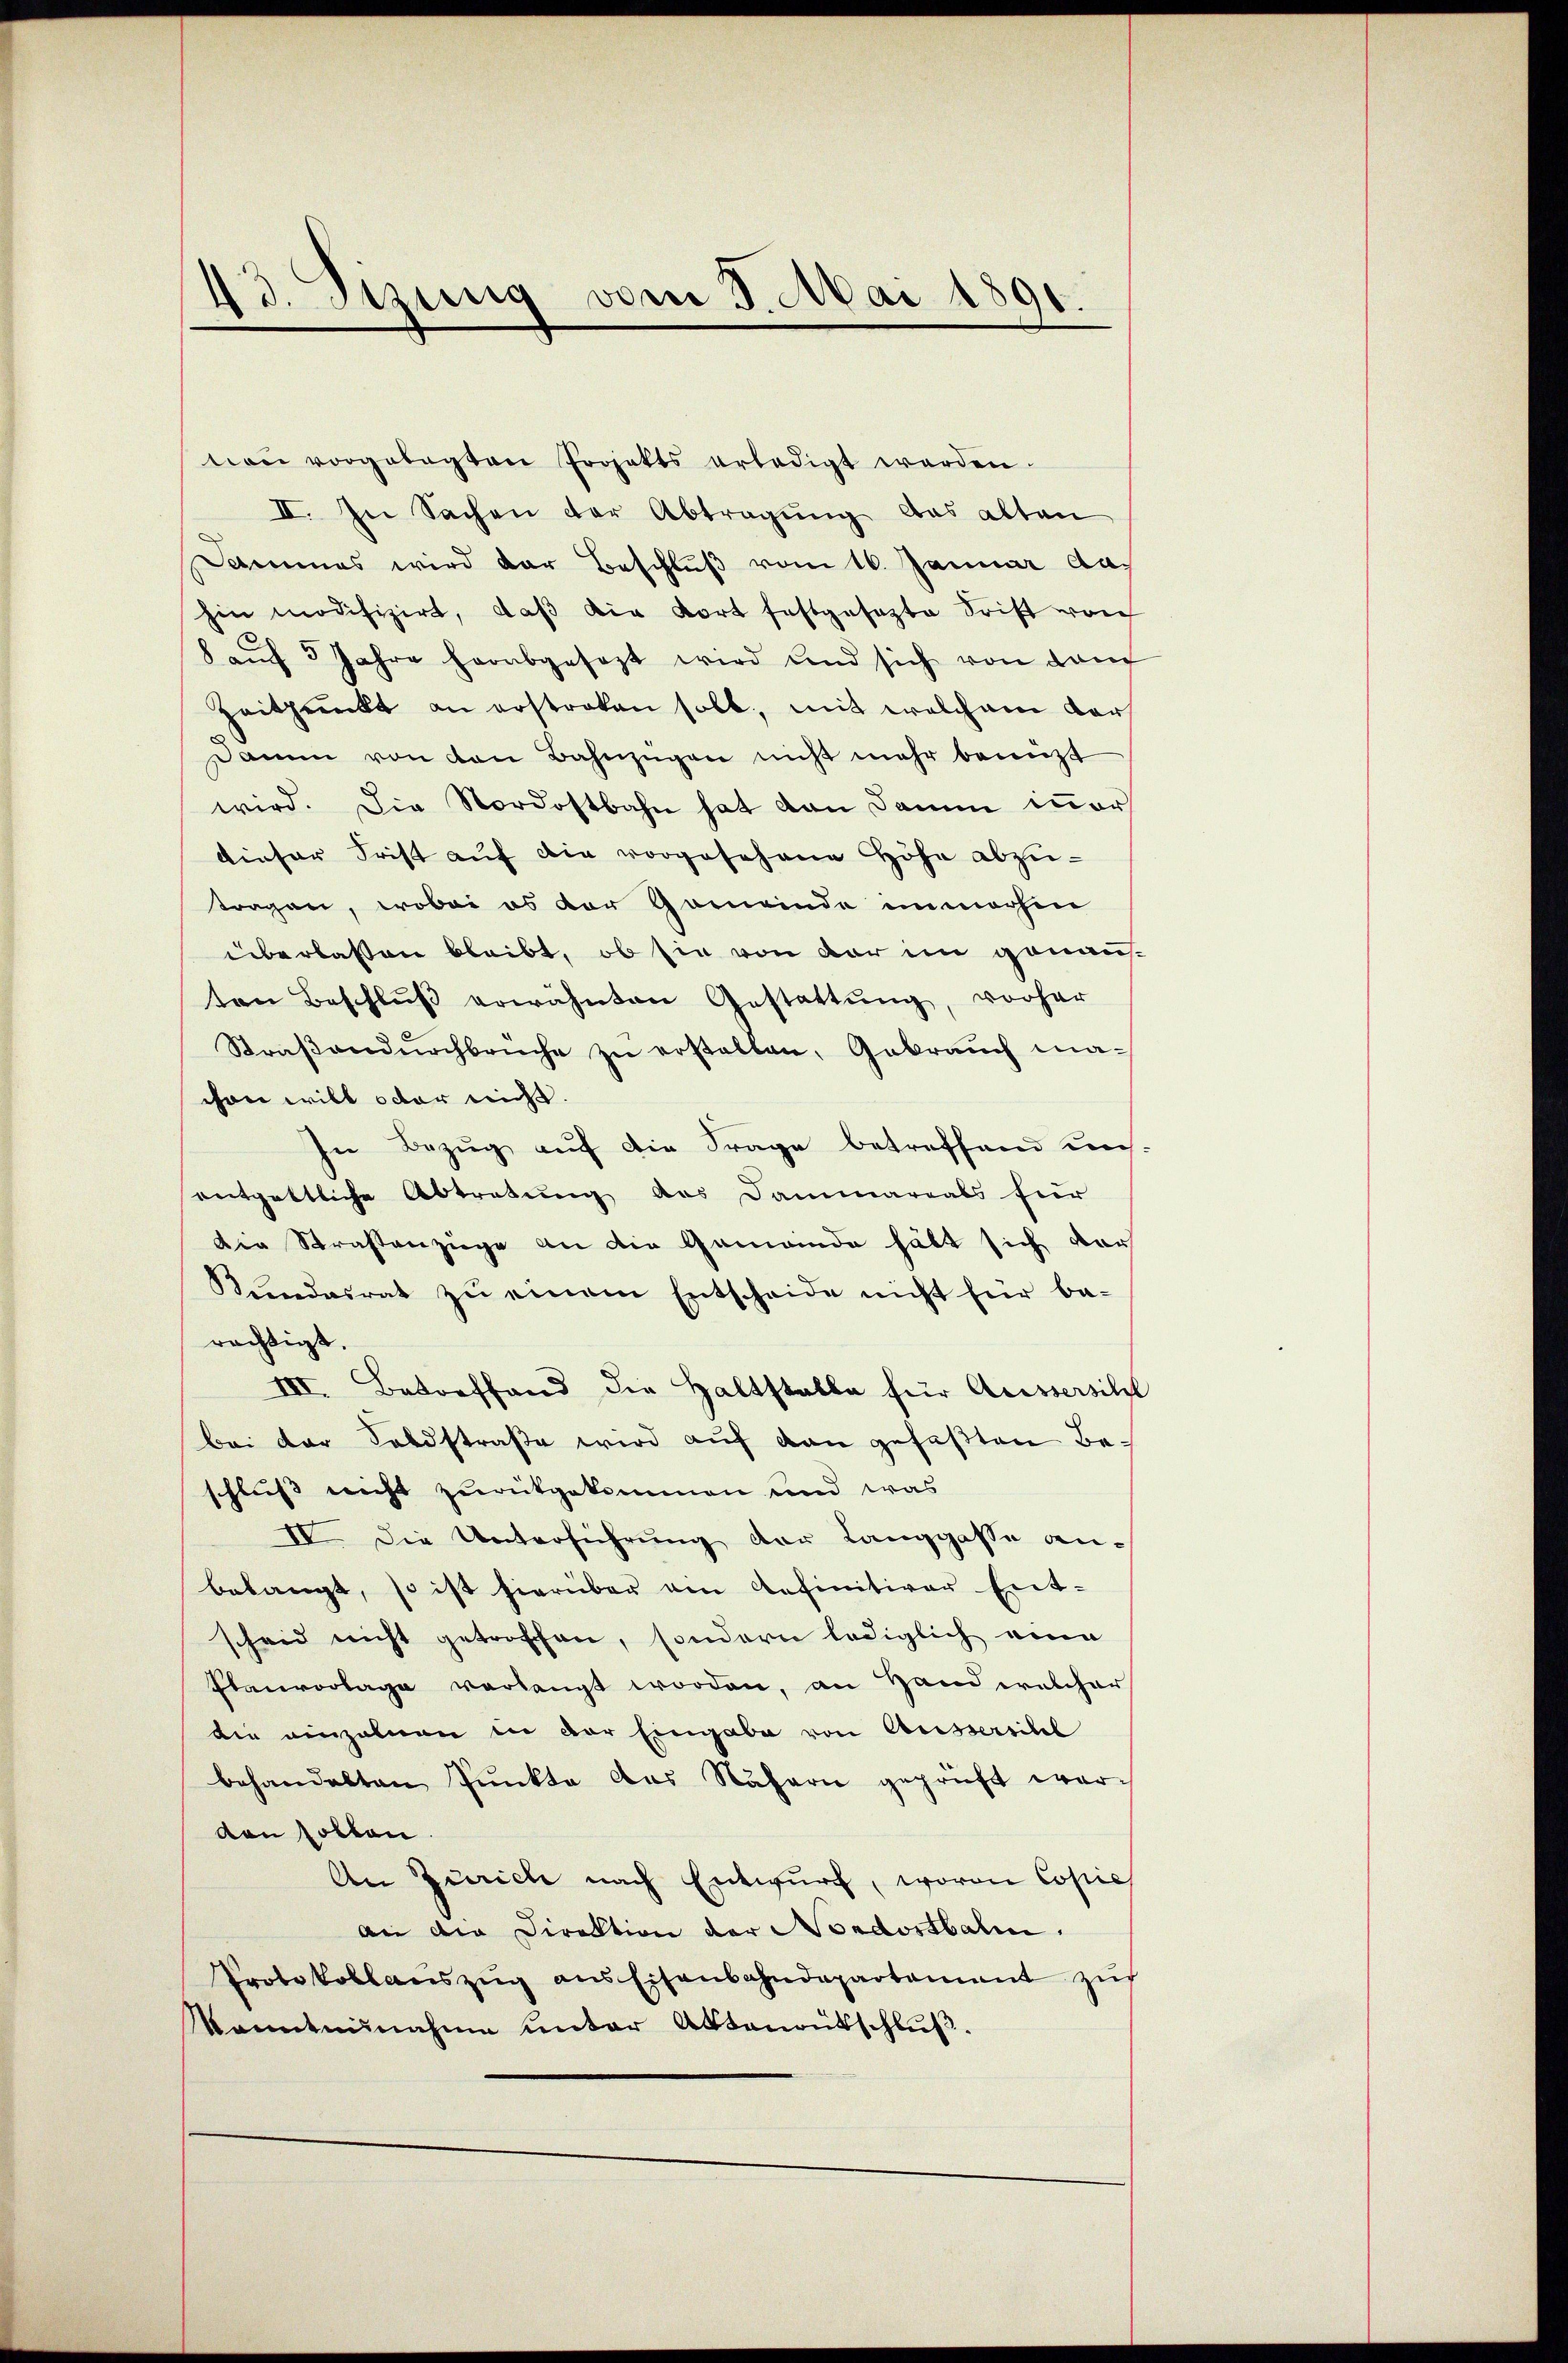
13. Sizung vom 9. Mai 1891.

von vorgelegten Projekts erledigt werden.
II. In Sachen der Abtragung das alten
Dammes wird der Beschluß vom 16. Januar da.
hin modifizirt, daβ die Fort festgesezte Frist von
8 aŭf 5 Jahre herabgesezt wird und sich von darf
Zeitpunkt an erstraten soll, mit welchem Vors
Damm von den Bahnzügen nicht mehr benützt
wird. Die Nordostbahn hat dann Damm inner
dieser Frist auf die vorgesehene Höhe abzutragen, wobei es der Gemeinde immachen
überlassen bleibt, ob sie von der im genauten Beschlŭβ erwähnten Gestattŭng, vorher
Straβendŭrchbrüche zŭ erstellen, Gebrauch machon will octor nicht.
In Bezug auf die Frage betreffend uns
entgeltliche Abtretung des Dammarials für
Die Straßenzüge an die Gemeinde hält sich vor
Kundesrat zu einem Entscheide nicht für be-
rächtigt.
III. Betreffend die Haltstalle für Aussersitzt
bei der Soldstraße wird auf dan gefaßten Beschluß nicht zurükgekommen und was
IV. Die Unterführung der Langgasse anbelangt, so ist hierüber am Aefinitiver Ent-
scheid nicht getroffen, sondern lediglich eine
Planvorlage verlangt worden, an Hand welcher
die einzelnen in der Eingabe von Aussersihl
behandelten Punkte das Nähern geprüft wervon sollen.
An Zürich nach Entwurf, wovon Copie
ain die Direktion der Nordostbahn.
Protokollauszug aus Eisenbahndepartement zu
kanntnunahme unter Aktenrütschluß.